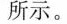
所示。